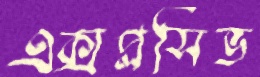
এক্সপ্লসিভ